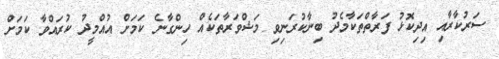
ސަރުކާރާއި އިދިކޮޅު ފަރާތްތަކާމެދު ބިނާކުރަނިވި މަޝްވަރާތަކެއް ހިންގާނެ ކަމަށް އުއްމީދު ކުރައްވާ ކަމަށް